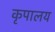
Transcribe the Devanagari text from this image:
कृपालय